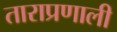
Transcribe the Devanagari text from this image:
ताराप्रणाली